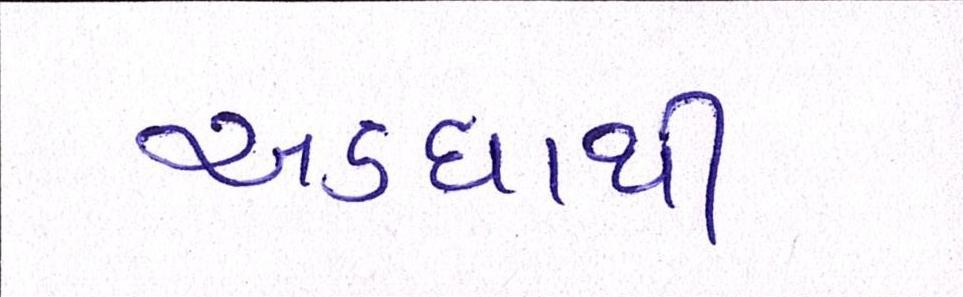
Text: અડધાથી